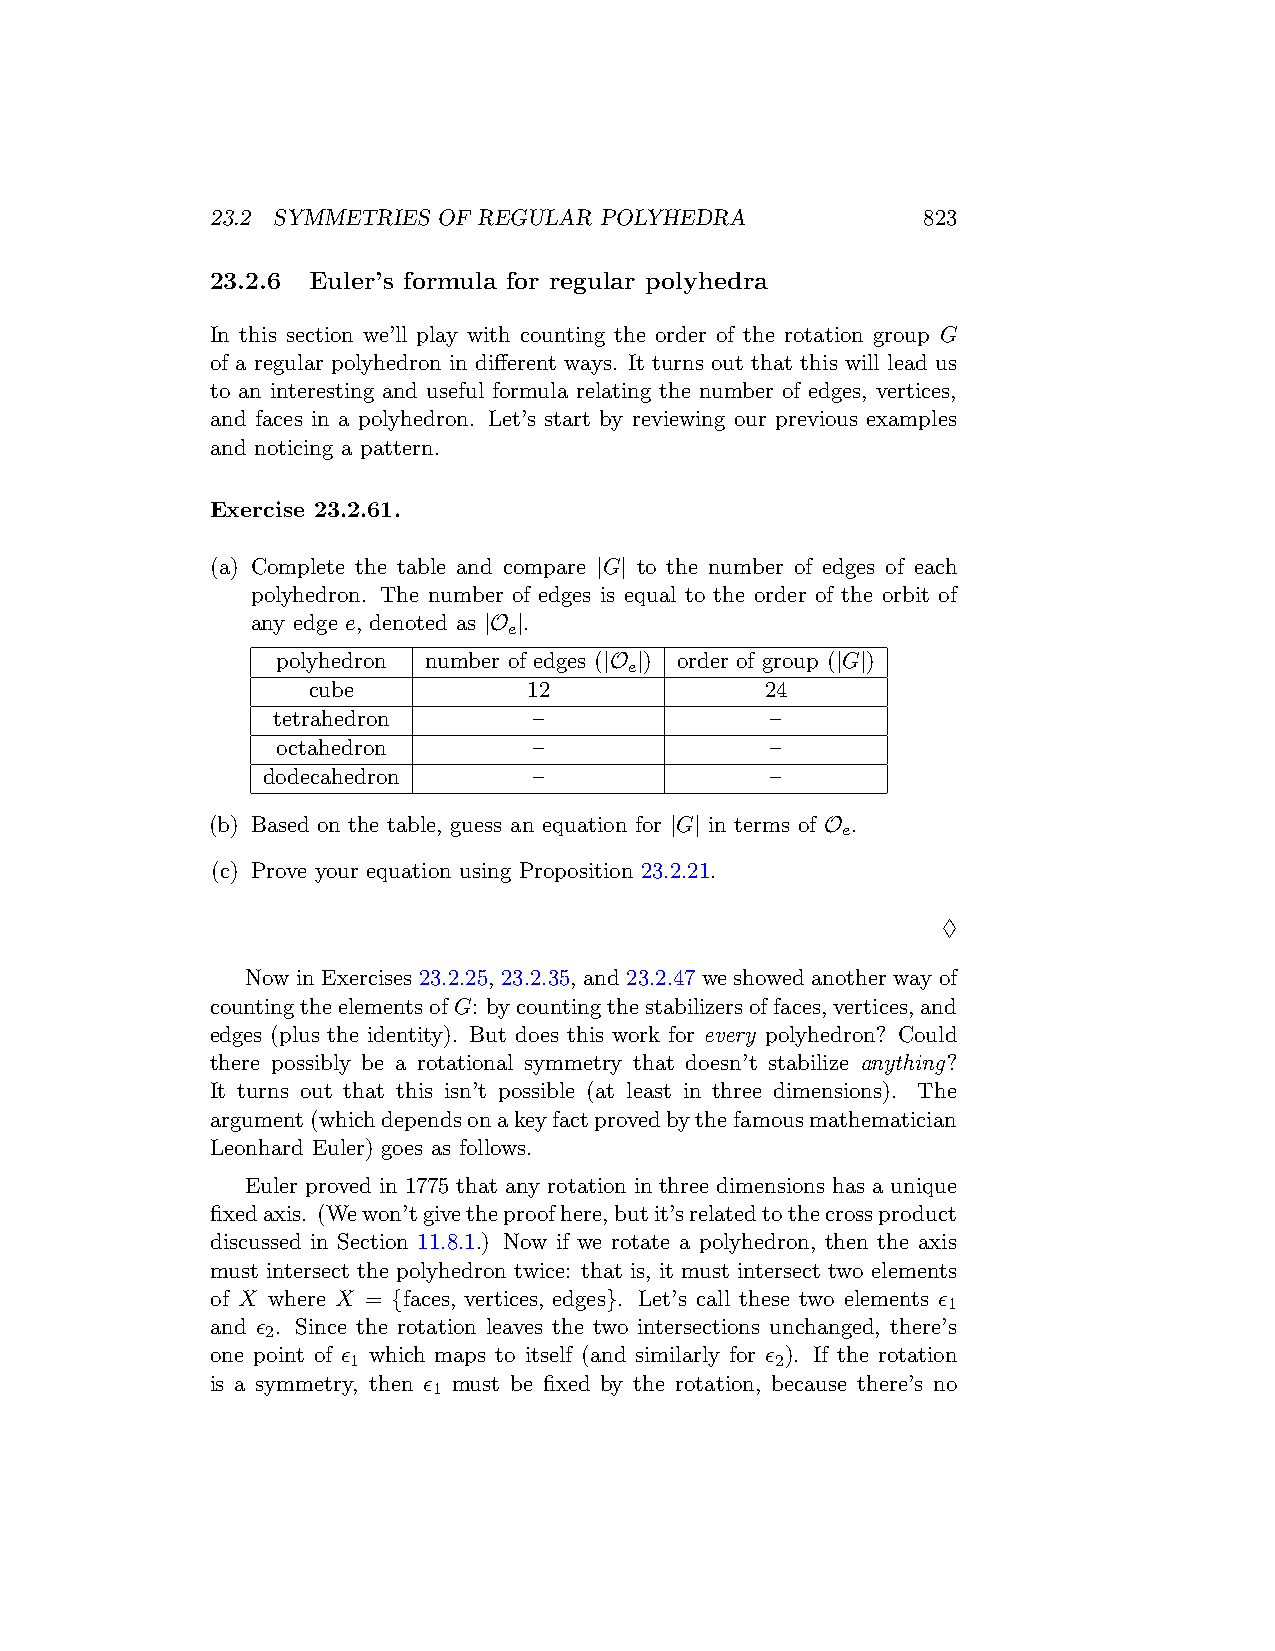
23.2 SYMMETRIES OF REGULAR POLYHEDRA           823
 23.2.6 Euler’s formula for regular polyhedra
 In this section we’ll play with counting the order of the rotation group G
 of a regular polyhedron in different ways. It turns out that this will lead us
 to an interesting and useful formula relating the number of edges, vertices,
 and faces in a polyhedron. Let’s start by reviewing our previous examples
 and noticing a pattern.
 Exercise 23.2.61.
 (a) Complete the table and compare |G| to the number of edges of each
 polyhedron. The number of edges is equal to the order of the orbit of
 any edge e, denoted as |O |.
 e
 polyhedron number of edges (|O |) order of group (|G|)
 e
 cube           12              24
 tetrahedron      –               –
 octahedron       –               –
 dodecahedron      –               –
 (b) Based on the table, guess an equation for |G| in terms of O .
 e
 (c) Prove your equation using Proposition 23.2.21.
 ♢
 Now in Exercises 23.2.25, 23.2.35, and 23.2.47 we showed another way of
 countingtheelementsofG: bycountingthestabilizersoffaces,vertices,and
 edges (plus the identity). But does this work for every polyhedron? Could
 there possibly be a rotational symmetry that doesn’t stabilize anything?
 It turns out that this isn’t possible (at least in three dimensions). The
 argument(whichdependsonakeyfactprovedbythefamousmathematician
 Leonhard Euler) goes as follows.
 Euler proved in 1775 that any rotation in three dimensions has a unique
 fixedaxis. (Wewon’tgivetheproofhere,butit’srelatedtothecrossproduct
 discussed in Section 11.8.1.) Now if we rotate a polyhedron, then the axis
 must intersect the polyhedron twice: that is, it must intersect two elements
 of X where X = {faces, vertices, edges}. Let’s call these two elements ϵ
 1
 and ϵ . Since the rotation leaves the two intersections unchanged, there’s
 2
 one point of ϵ which maps to itself (and similarly for ϵ ). If the rotation
 1                           2
 is a symmetry, then ϵ must be fixed by the rotation, because there’s no
 1